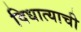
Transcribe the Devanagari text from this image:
विधात्याची